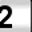
Digit: 2